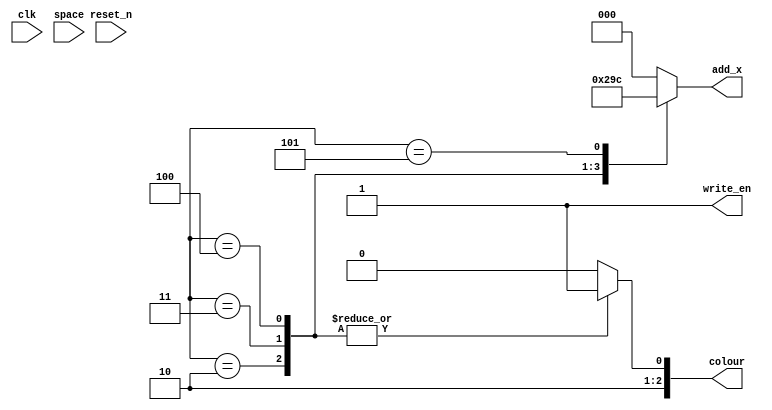
module fsa_laser(clk, reset_n, space, add_x,  colour, write_en);
  input clk; // Clock cycle for the system,,
  input reset_n;
  input space; //Represents the space bar
  output reg [2:0] add_x;
  output reg [2:0] colour; //Colour of the laser, probably red, NEED TO FIX
  output reg write_en;

	// ****************************
	// ***** DEFINE STATES ********
	// ****************************
  localparam WAIT = 3'd0;
  localparam LEFT1 = 3'd1;
  localparam LEFT2 = 3'd2;
  localparam LEFT3 = 3'd3;
  localparam LEFT4 = 3'd4;
  localparam LEFT5 = 3'd5;

	// ***************************
	// ****** STATE TABLE ********
	// ***************************
  reg [2:0] current_state;
  reg [2:0] next_state;

  always@(*)
  begin:states
    case(current_state)
      WAIT : next_state = LEFT1;
      LEFT1 : next_state = LEFT2;
      LEFT2 : next_state = LEFT3;
      LEFT3 : next_state = LEFT4;
      LEFT4 : next_state = LEFT5;
      LEFT5 : next_state = WAIT;
    endcase
  end
	// ***************************
	// ******** STATES ***********
	// ***************************
  always @(*)
  begin : signal_states
    add_x = 3'b00;
    colour = 3'b100;
    write_en = 1;

    case (current_state)
		 LEFT1: begin
			write_en = 1;
		 end
		 LEFT2: begin
			write_en = 1;
			add_x = 3'b001;
			colour = 3'b101;
		 end
		 LEFT3: begin
			write_en = 1;
			add_x = 3'b010;
			colour = 3'b101;
		 end
		 LEFT4: begin
			write_en = 1;
			add_x = 3'b011;
			colour = 3'b101;
		 end
		 LEFT5: begin
			write_en = 1;
			add_x = 3'b100;
		 end
	  endcase
  end
endmodule